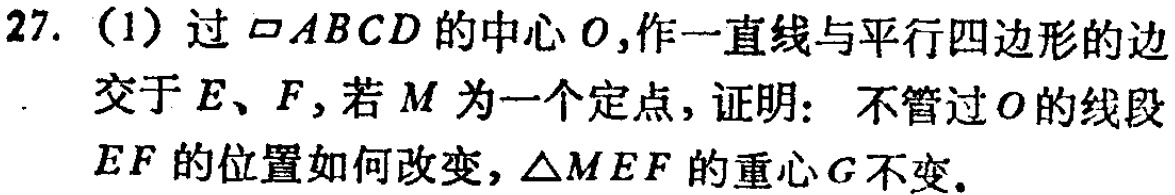
27. (1) 过$\square ABCD$的中心$O$,作一直线与平行四边形的边交于$E$、$F$,若$M$为一个定点,证明: 不管过$O$的线段$EF$的位置如何改变,$\triangle MEF$的重心$G$不变.